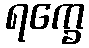
ရက္ခေ